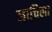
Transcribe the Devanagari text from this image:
जाचिला